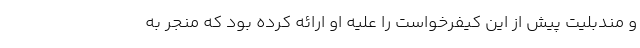
و مندبلیت پیش از این کیفرخواست را علیه او ارائه کرده بود که منجر به